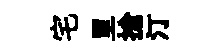
宅里搶汀